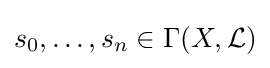
s_{0},\ldots ,s_{n}\in \Gamma (X,{\mathcal {L}})